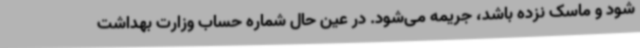
شود و ماسک نزده باشد، جریمه می‌شود. در عین حال شماره حساب وزارت بهداشت